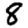
Digit: 8